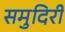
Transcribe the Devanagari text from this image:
समुदिरी